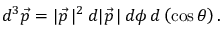
d ^ { 3 } { \vec { p } } = | { \vec { p } } \, | ^ { 2 } \, d | { \vec { p } } \, | \, d \phi \, d \left( \cos \theta \right) .